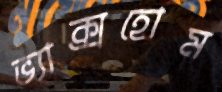
ভ্যাক্সহোম